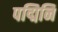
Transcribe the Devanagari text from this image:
पद्मिनि